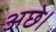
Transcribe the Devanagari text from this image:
अछे।